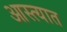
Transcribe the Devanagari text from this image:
आस्त्यात